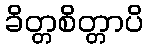
ခိတ္တစိတ္တာပိ